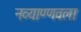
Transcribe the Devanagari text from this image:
नव्याण्णवला